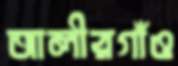
আলীরগাঁও